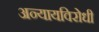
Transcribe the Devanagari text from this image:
अन्यायविरोधी